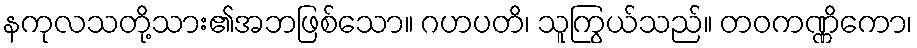
နကုလသတို့သား၏အဘဖြစ်သော။ ဂဟပတိ၊ သူကြွယ်သည်။ တဝကဏ္ဏိကော၊